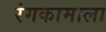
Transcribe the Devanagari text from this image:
रंगकामाला